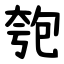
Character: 匏